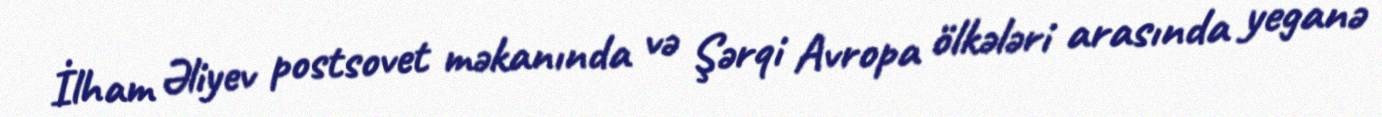
İlham Əliyev postsovet məkanında və Şərqi Avropa ölkələri arasında yeganə